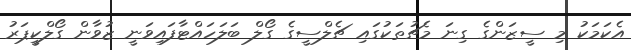
އެކަމަކު މި ސީޒަންގެ ގިނަ މެޗުތަކުގައި ޗެލްސީގެ ގޯލް ބަލަހައްޓާފައިވަނީ ޒުވާން ގޯލްކީޕަރު